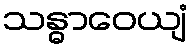
သန္ဓာဝေယျံ